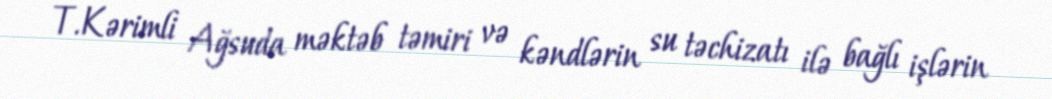
T.Kərimli Ağsuda məktəb təmiri və kəndlərin su təchizatı ilə bağlı işlərin